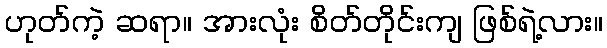
ဟုတ်ကဲ့ ဆရာ။ အားလုံး စိတ်တိုင်းကျ ဖြစ်ရဲ့လား။